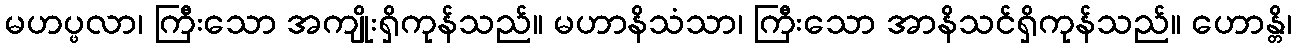
မဟပ္ဖလာ၊ ကြီးသော အကျိုးရှိကုန်သည်။ မဟာနိသံသာ၊ ကြီးသော အာနိသင်ရှိကုန်သည်။ ဟောန္တိ၊